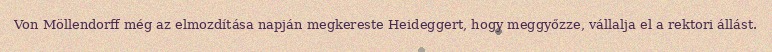
Von Möllendorff még az elmozdítása napján megkereste Heideggert, hogy meggyőzze, vállalja el a rektori állást.